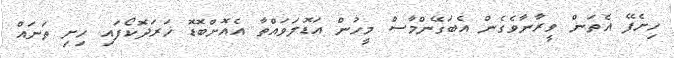
ހިށެފޭ އެތަން ވީރާނާވެގެން އެބަގޭންމާސް މީހުން އަޑޮލަވައްތާ އެއޮށްބޮޑޮ ޚަރަދޮކޯފައި ހިށި ތަނައް